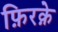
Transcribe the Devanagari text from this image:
फ़िरक़े